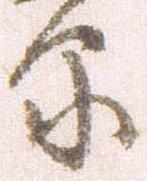
原